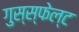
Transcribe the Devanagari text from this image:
गुस्स्फेल्ट